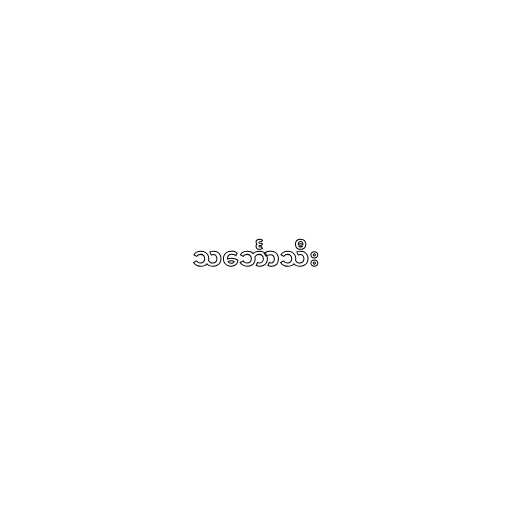
သင်္ဘောသီး